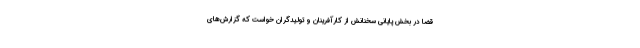
قضا در بخش پایانی سخنانش از کارآفرینان و تولیدگران خواست که گزارش‌های